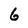
Character: 6